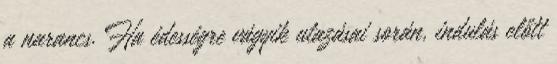
a narancs. Ha édességre vágyik utazásai során, indulás előtt